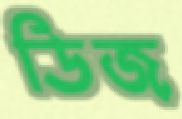
ডিজ